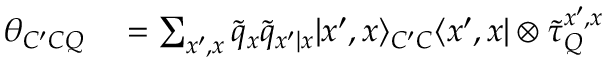
\begin{array} { r l } { \theta _ { C ^ { \prime } C Q } } & { { } = \sum _ { x ^ { \prime } , x } \tilde { q } _ { x } \tilde { q } _ { x ^ { \prime } | x } | x ^ { \prime } , x \rangle _ { C ^ { \prime } C } \langle x ^ { \prime } , x | \otimes \tilde { \tau } _ { Q } ^ { x ^ { \prime } , x } } \end{array}